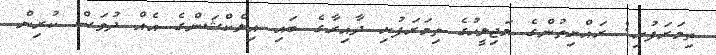
ތިމަރަފުށި: ރައްޔިތުންގެ މަޖިލީހުގެ ތިމަރަފުށި ދާއިރާގެ ބައި އިލެކްޝަންގެ އެއް ދުވަސް ކުރިން